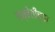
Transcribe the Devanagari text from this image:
तब्बेतीच्या